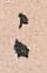
ニ